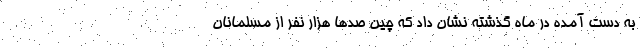
به دست آمده در ماه گذشته نشان داد که چین صدها هزار نفر از مسلمانان